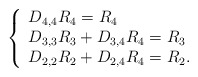
\begin{align*}\left\{\begin{array}{l}D_{4,4} R_4=R_4 \\D_{3,3} R_3+ D_{3,4} R_4=R_3 \\D_{2,2} R_2+ D_{2,4} R_4=R_2. \\\end{array}\right.\end{align*}